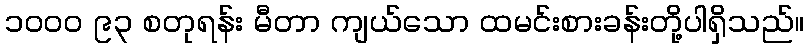
၁၀၀၀ ၉၃ စတုရန်း မီတာ ကျယ်သော ထမင်းစားခန်းတို့ပါရှိသည်။